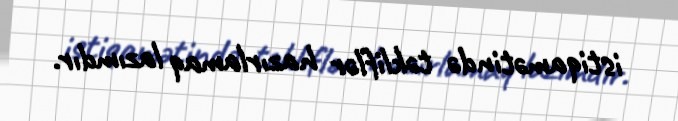
istiqamətində təkliflər hazırlamaq lazımdır.